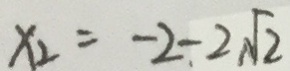
x _ { 2 } = - 2 - 2 \sqrt { 2 }